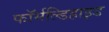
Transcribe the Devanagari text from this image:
फॉर्मल्डिहाइड